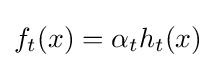
f_{t}(x)=\alpha _{t}h_{t}(x)